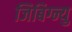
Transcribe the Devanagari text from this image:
जिबिग्न्यु